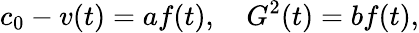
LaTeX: c_{0}-v(t)=af(t),~~~~G^{2}(t)=bf(t),